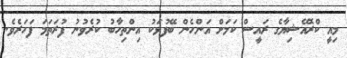
މިއީ ކްރޮއޭޝިޔާގެ ރައީސް ކަމަށް އަންހެން ބޭފުޅަކު އިންތިހާބު ކުރެވުނު ފުރަތަމަ ފަހަރެވެ.